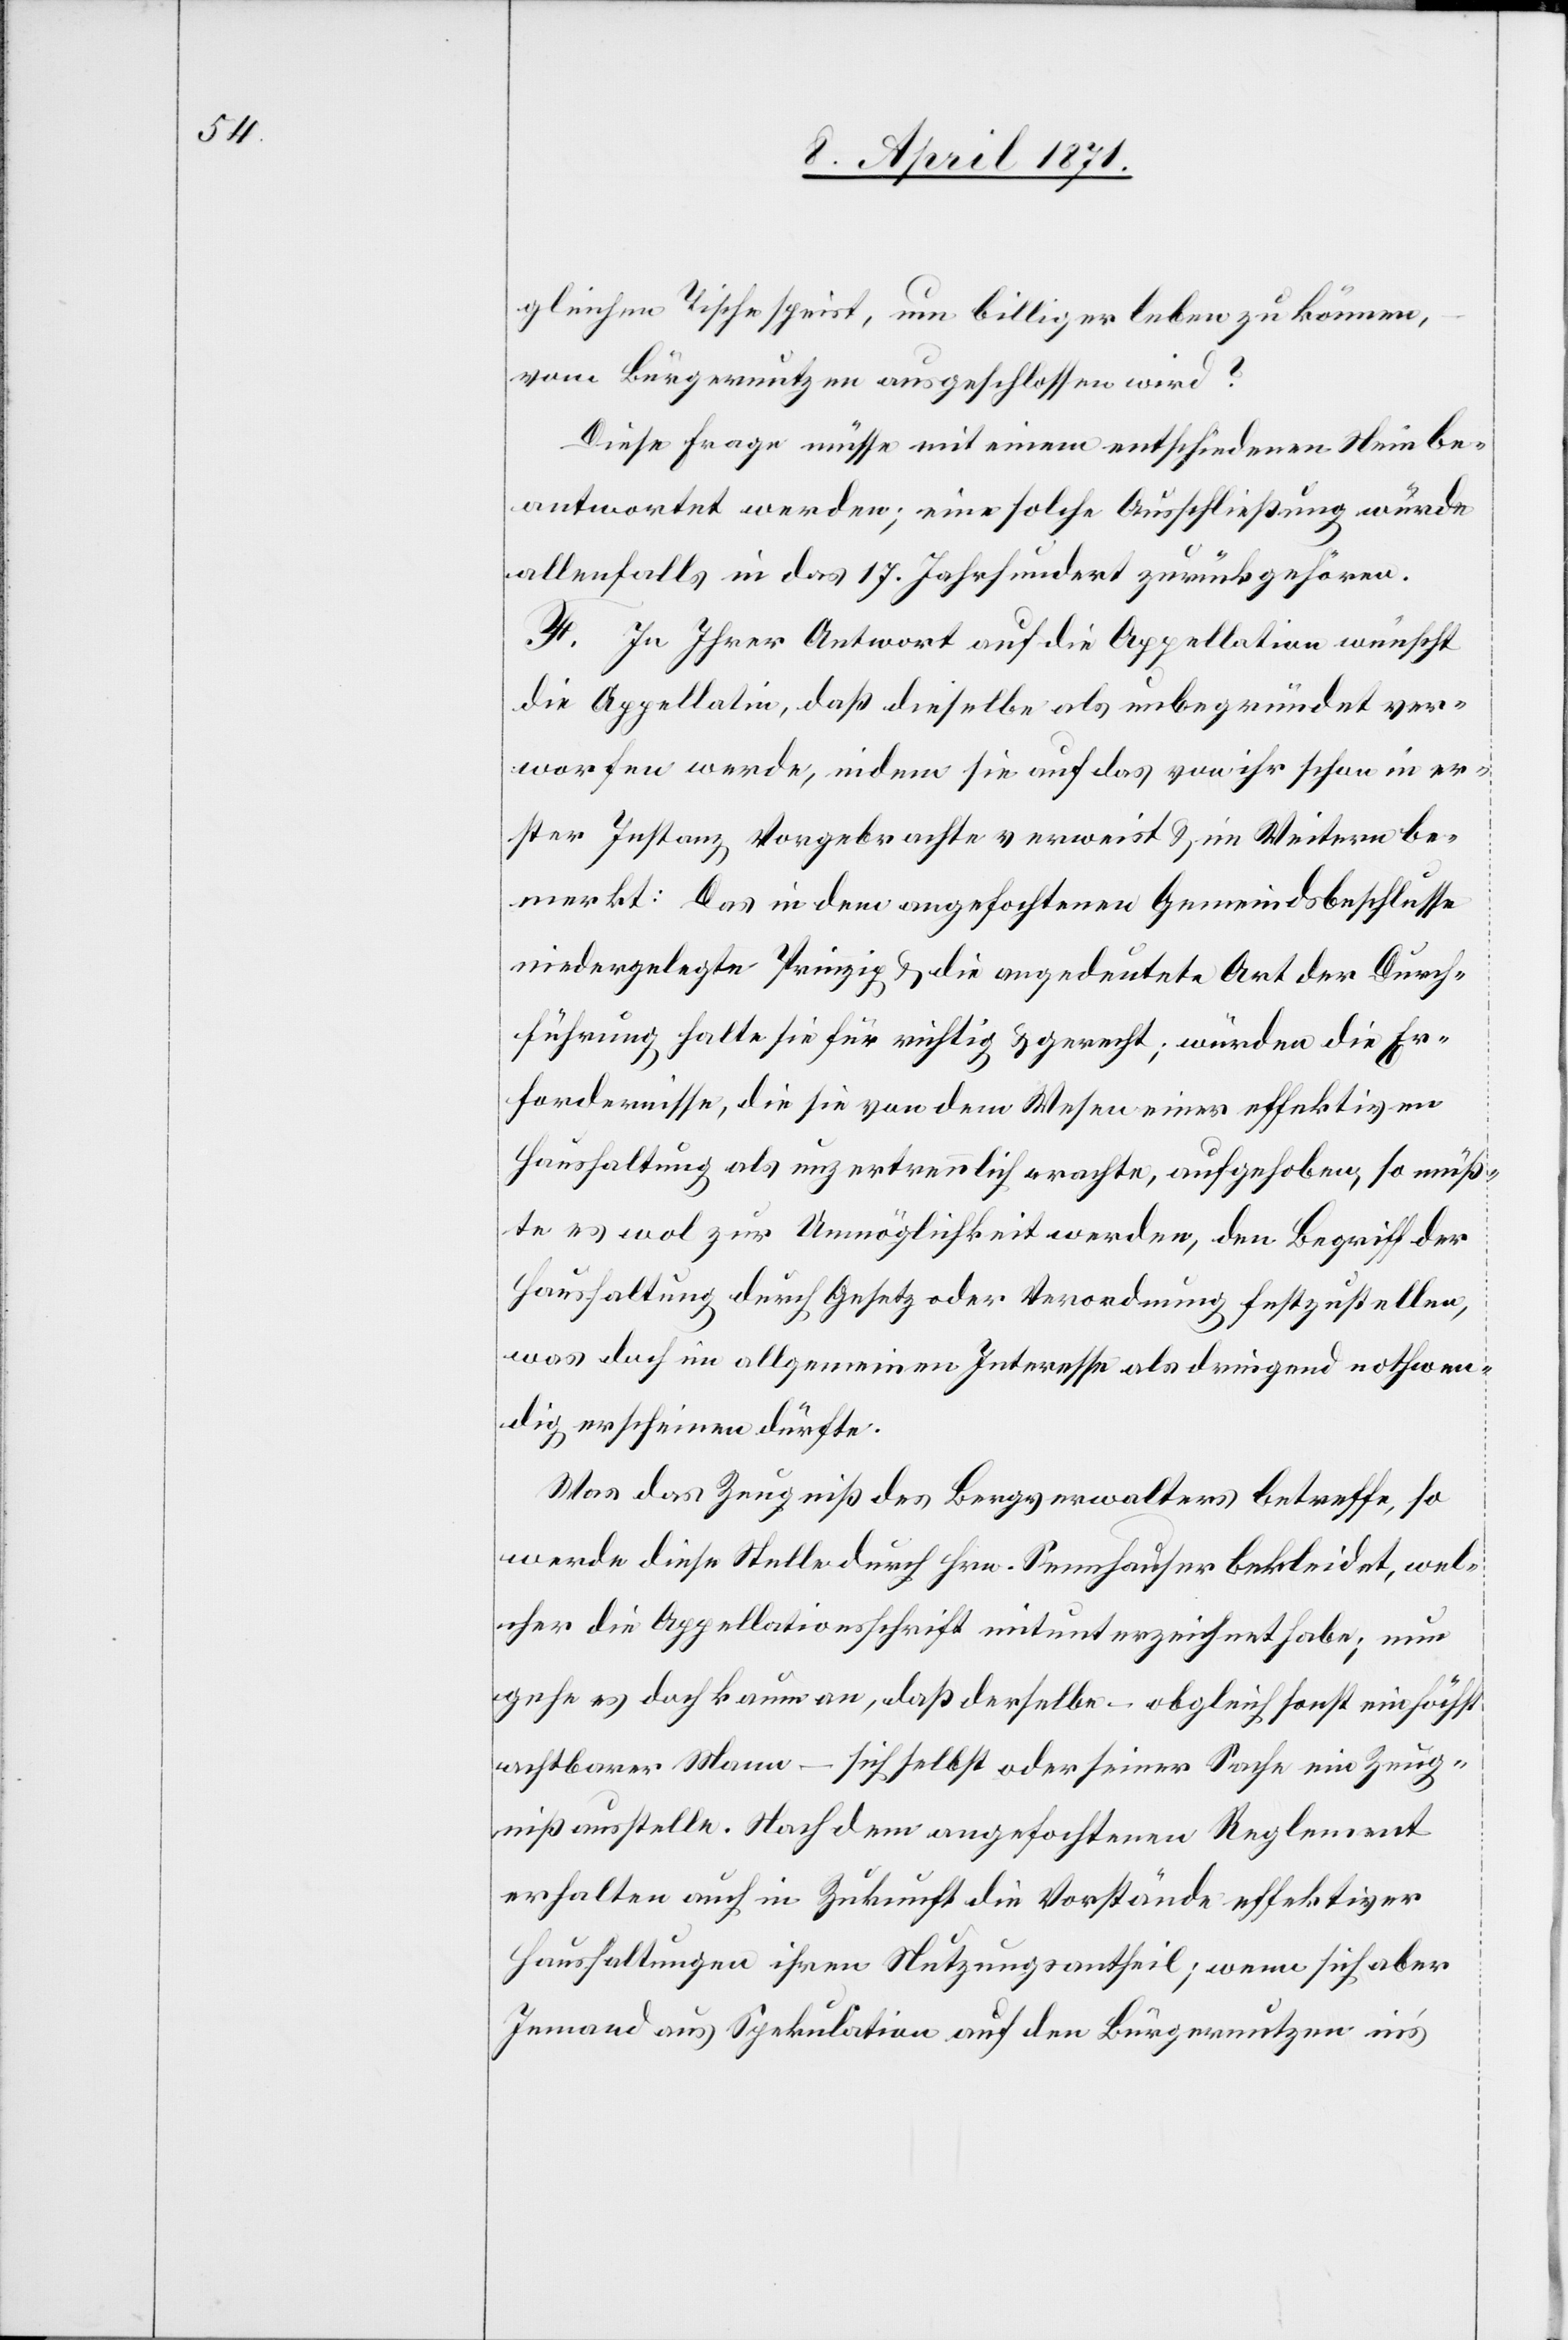
gleichen Tische speist, um billiger leben zu können,
vom Bürgernutzen ausgeschlossen wird?
Diese Frage müsse mit einem entschiedenen Nein be¬
antwortet werden; eine solche Ausschließung würde
allenfalls in das 17. Jahrhundert zurückgehören.
F. In Ihrer Antwort auf die Appellation wünscht
die Appellatin, daß dieselbe als unbegründet ver¬
worfen werde, indem sie auf das von ihr schon in er¬
ster Instanz Vorgebrachte verweist u. im Weitern be¬
merkt: Das in dem angefochtenen Gemeindsbeschlusse
niedergelegte Prinzip u. die angedeutete Art der Durch¬
führung halte sie für richtig u. gerecht; würden die Er¬
fordernisse, die sie von dem Wesen einer effektiven
Haushaltung als unzertrennlich erachte, aufgehoben, so müß¬
te es wol zur Unmöglichkeit werden, den Begriff der
Hauhaltung durch Gesetz oder Verordnung festzustellen,
was doch im allgemeinen Interesse als dringend nothwen¬
dig erscheinen dürfte.
Was das Zeugniß des Bergverwalters betreffe, so
werde diese Stelle durch Hrn. Sennhauser bekleidet, wel¬
cher die Appellationsschrift mitunterzeichnet habe; nun
gehe es doch kaum an, daß derselbe – obgleich sonst ein höchst
achtbarer Mann – sich selbst oder seiner Sache ein Zeug¬
niß ausstelle. Nach dem angefochtenen Reglement
erhalten auch in Zukunft die Vorstände effektiver
Haushaltungen ihren Nutzungsantheil; wenn sich aber
Jemand aus Spekulation auf den Bürgernutzen in’s